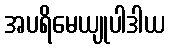
အပရိမေယျုပါဒါယ